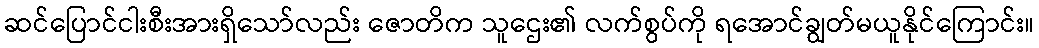
ဆင်ပြောင်ငါးစီးအားရှိသော်လည်း ဇောတိက သူဌေး၏ လက်စွပ်ကို ရအောင်ချွတ်မယူနိုင်ကြောင်း။